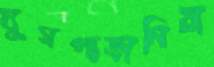
ঘুমপাড়ানিয়া